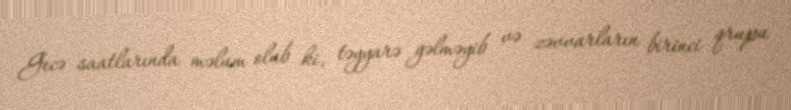
Gecə saatlarında məlum olub ki, təyyarə gəlməyib və zəvvarların birinci qrupu